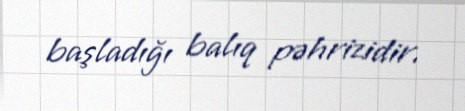
başladığı balıq pəhrizidir.